Civil Veterinary Department Bihar reports 1936-40 - 1936-1940
Year: 1936
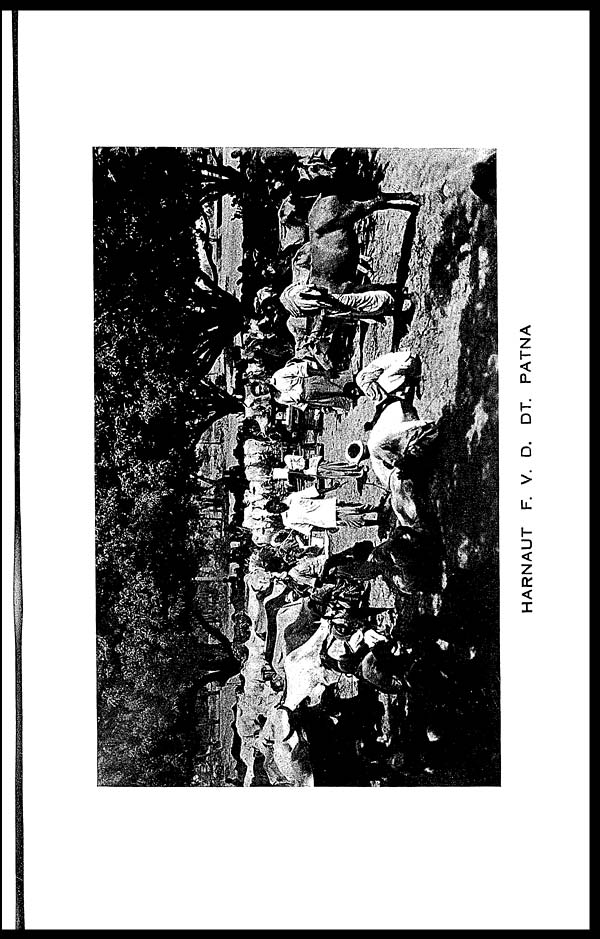
HARNAUT F. V. D. DT. PATNA